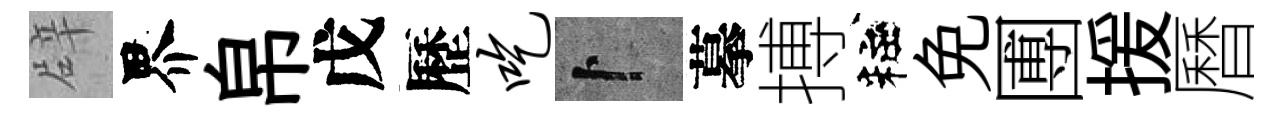
辟界帛戊歷吃卜摹搏粧免圑援曆